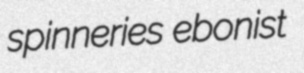
spinneries ebonist